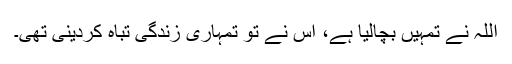
اللہ نے تمہیں بچالیا ہے، اس نے تو تمہاری زندگی تباہ کردینی تھی۔